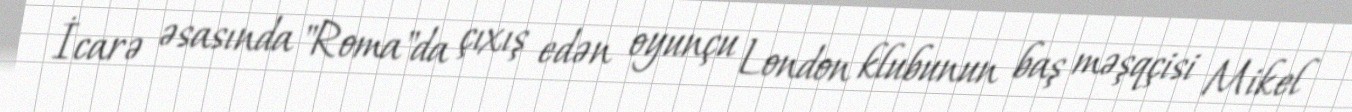
İcarə əsasında "Roma"da çıxış edən oyunçu London klubunun baş məşqçisi Mikel